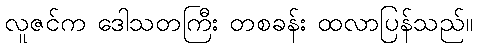
လူဇင်က ဒေါသတကြီး တစခန်း ထလာပြန်သည်။